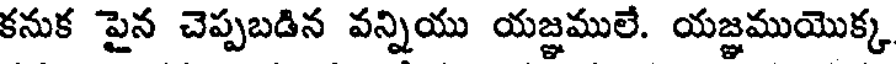
కనుక పైన చెప్పబడిన వన్నియు యజ్ఞములే. యజ్ఞముయొక్క